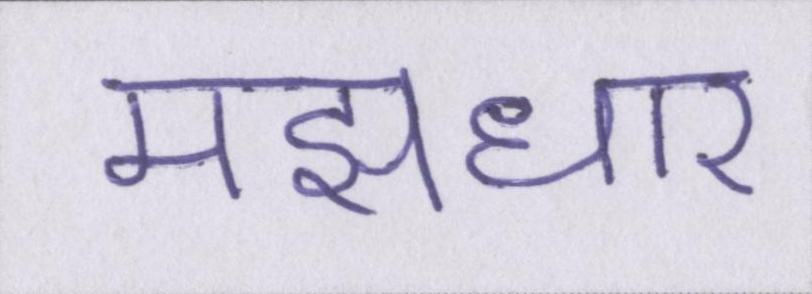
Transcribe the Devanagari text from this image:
मझधार